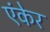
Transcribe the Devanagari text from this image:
एंकेर